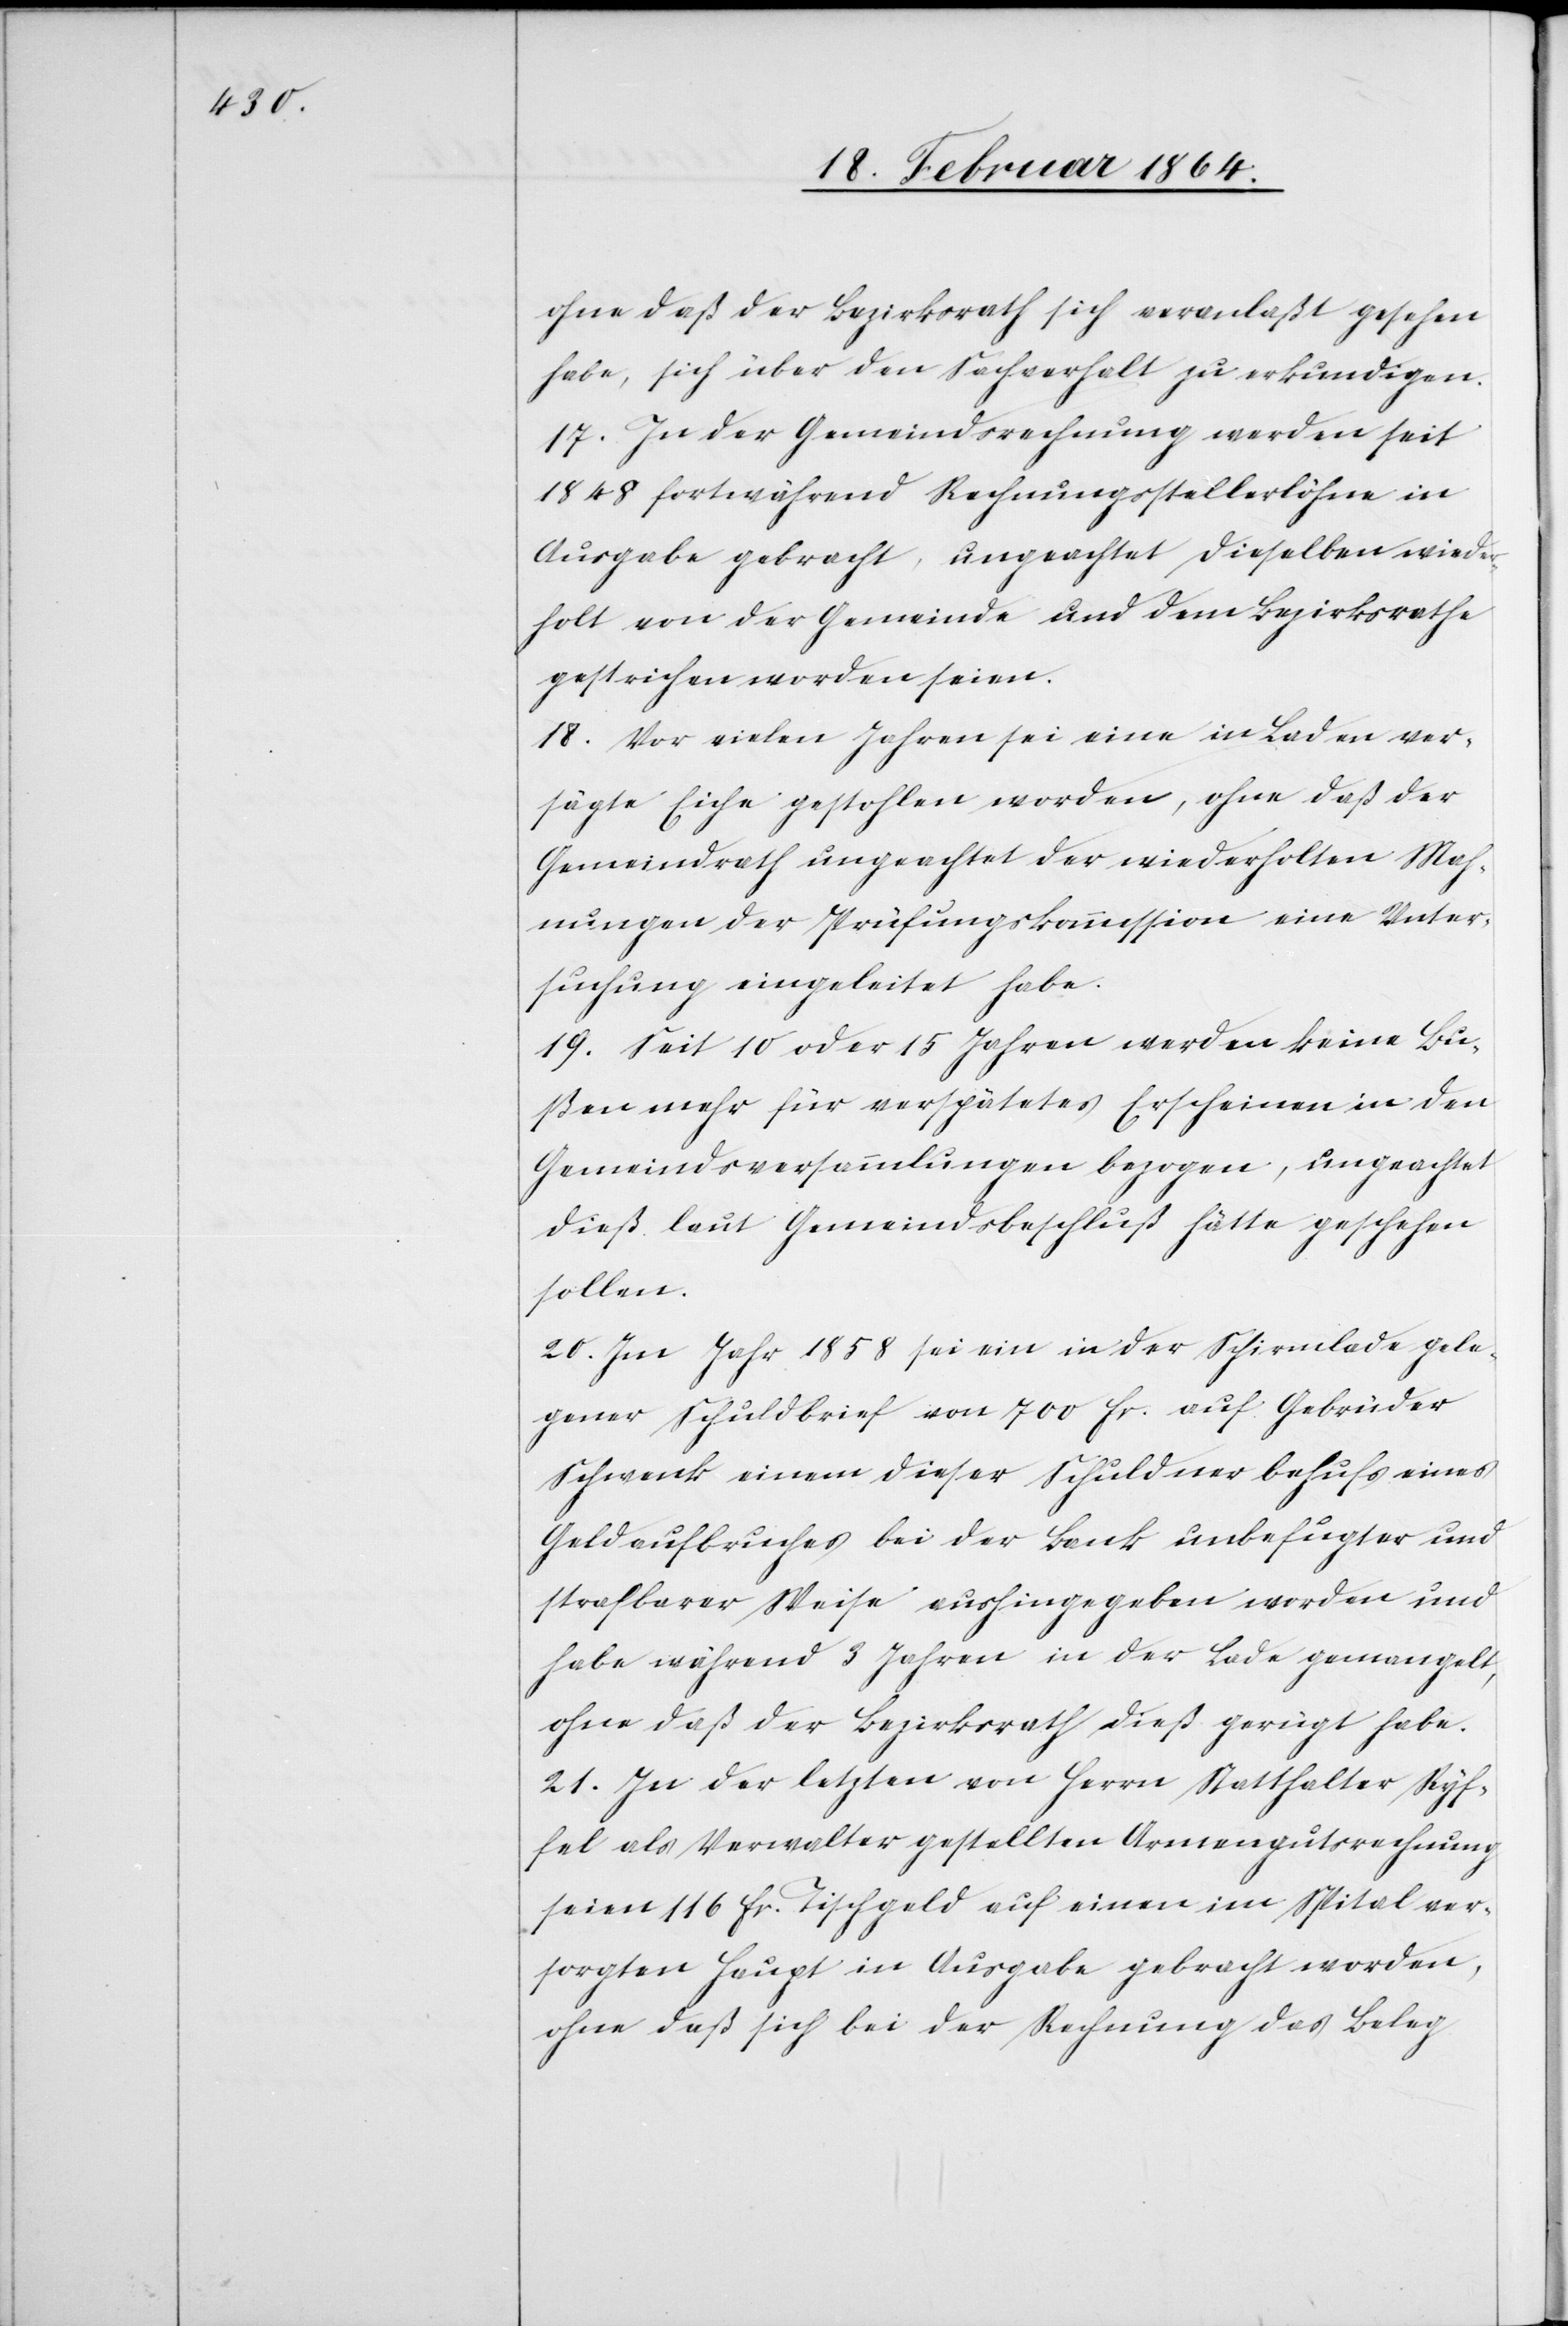
ohne daß der Bezirksrath sich veranlaßt gesehen
habe, sich über den Sachverhalt zu erkundigen.
17. In der Gemeindsrechnung werden seit
1848 fortwährend Rechnungsstellerlöhne in
Ausgabe gebracht, ungeachtet dieselben wieder¬
holt von der Gemeinde und dem Bezirksrathe
gestrichen worden seien.
18. Vor vielen Jahren sei eine in Laden ver¬
sägte Eiche gestohlen worden, ohne daß der
Gemeindrath ungeachtet der wiederholten Mah¬
nungen der Prüfungskommission eine Unter¬
suchung eingeleitet habe.
19. Seit 10 oder 15 Jahren werden keine Bu¬
ßen mehr für verspätetes Erscheinen in den
Gemeindsversammlungen bezogen, ungeachtet
dieß laut Gemeindsbeschluß hätte geschehen
sollen.
20. Im Jahr 1858 sei ein in der Schirmlade gele¬
gener Schuldbrief von 700 fr. auf Gebrüder
Schwenk einem dieser Schuldner behufs eines
Geldaufbruches bei der Bank unbefugter und
strafbarer Weise aushingegeben worden und
habe während 3 Jahren in der Lade gemangelt,
ohne daß der Bezirksrath dieß gerügt habe.
21. In der letzten von Herrn Statthalter Ryf¬
fel als Verwalter gestellten Armengutsrechnung
seien 116 fr. Tischgeld auf einen im Spital ver¬
sorgten Haupt in Ausgabe gebracht worden,
ohne daß sich bei der Rechnung das Beleg